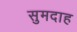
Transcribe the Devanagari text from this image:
सुमदाह